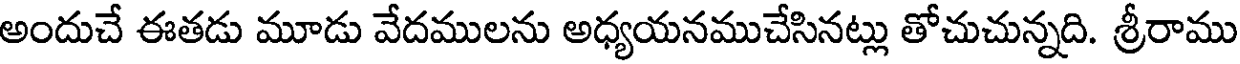
అందుచే ఈతడు మూడు వేదములను అధ్యయనముచేసినట్లు తోచుచున్నది. శ్రీరాము